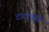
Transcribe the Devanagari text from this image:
टाटांकडे